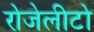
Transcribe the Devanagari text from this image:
रोजेलीटो